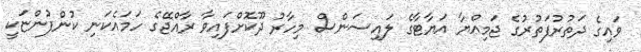
ވައިގެ ދަތުރުފަތުރުގެ ޖަމިއްޔާ އަޔާޓާގެ ލައިސަންސް މިހާރު ދޫކޮށްފައިވާ ރާއްޖޭގެ ހަމައެކަނި ކުންފުންޏަކީ